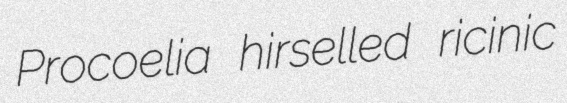
Procoelia hirselled ricinic